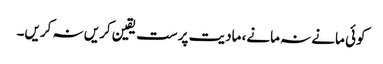
کوئی مانے نہ مانے، مادیت پرست یقین کریں نہ کریں۔